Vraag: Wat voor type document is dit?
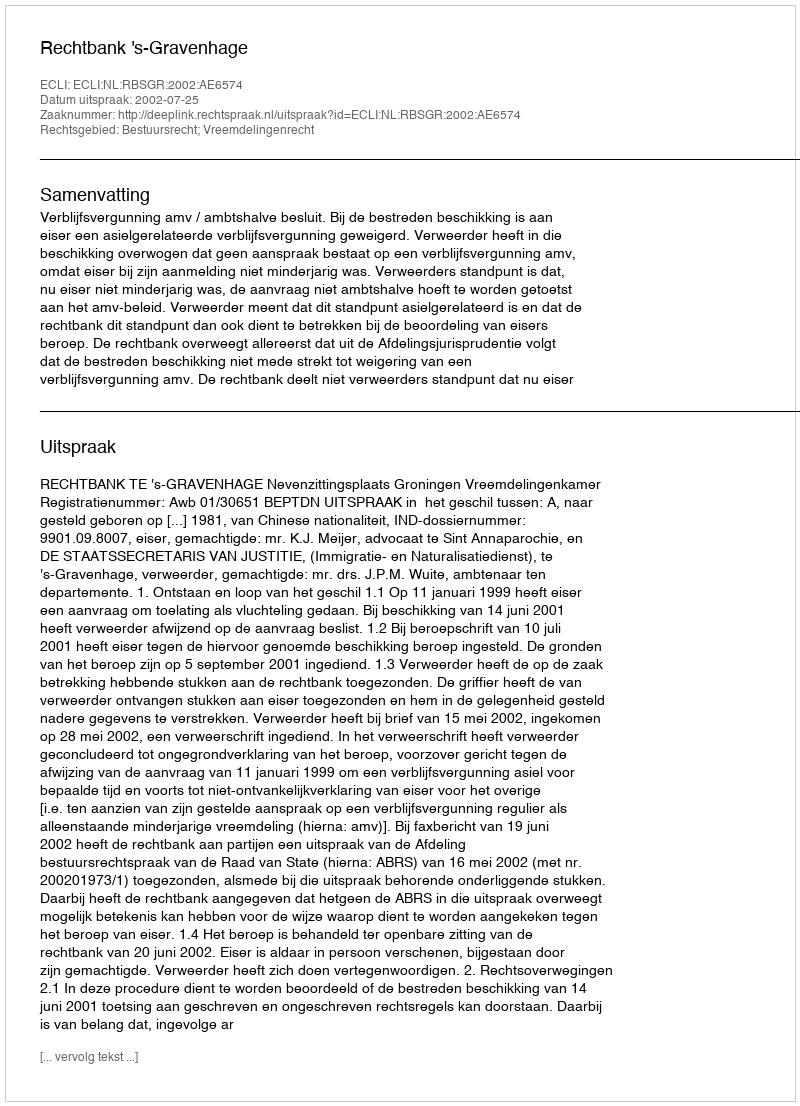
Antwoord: Uitspraak